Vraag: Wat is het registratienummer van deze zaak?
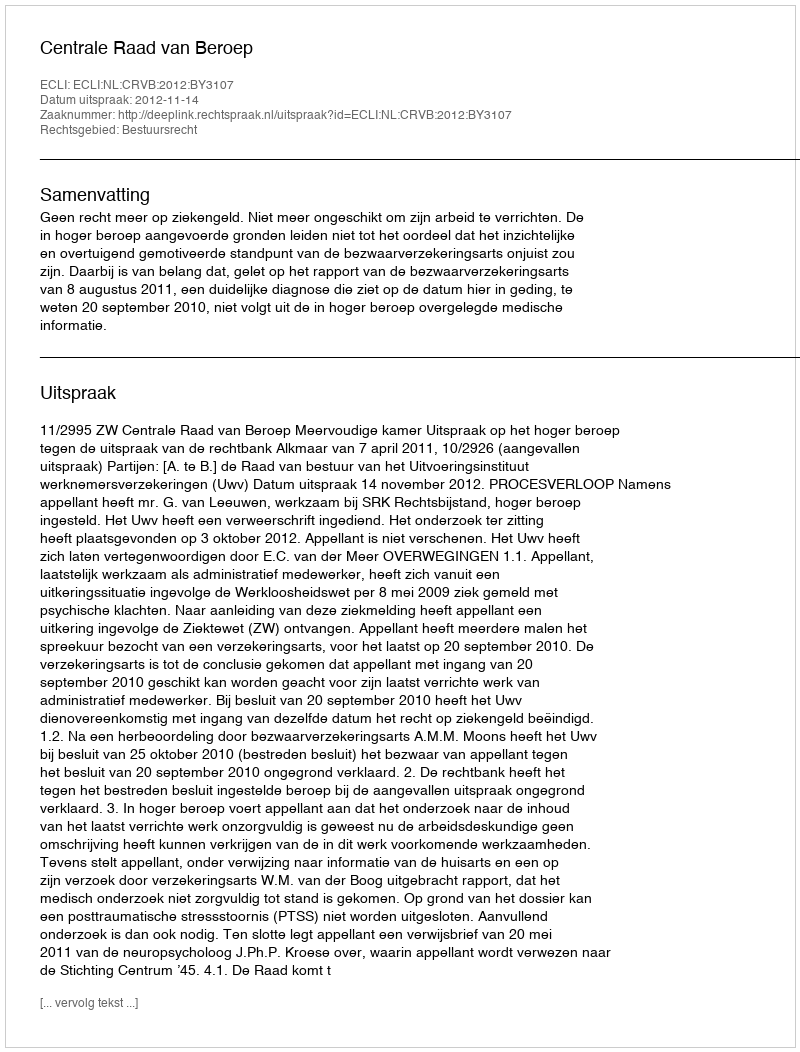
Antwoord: http://deeplink.rechtspraak.nl/uitspraak?id=ECLI:NL:CRVB:2012:BY3107